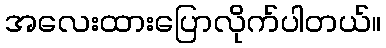
အလေးထားပြောလိုက်ပါတယ်။